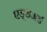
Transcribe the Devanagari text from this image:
एड्डअर्ड